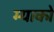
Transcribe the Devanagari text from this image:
म्याको